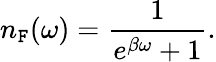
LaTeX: n_{\mathtt{F}}(\omega)=\frac{{1}}{{e^{\beta\omega}+1}}.